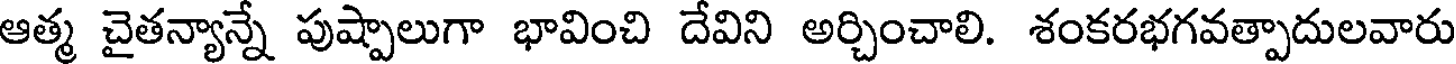
ఆత్మ చైతన్యాన్నే పుష్పాలుగా భావించి దేవిని అర్చించాలి. శంకరభగవత్పాదులవారు